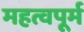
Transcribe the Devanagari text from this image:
महत्वपूर्म